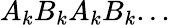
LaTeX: A_{k}B_{k}A_{k}B_{k}...